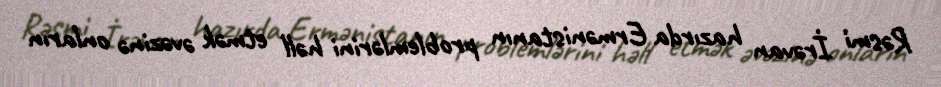
Rəsmi İrəvan hazırda Ermənistanın problemlərini həll etmək əvəzinə onların